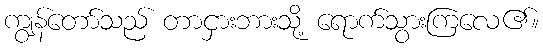
ကျွန်တော်သည် တာငှားဘားသို့ ရောက်သွားကြလေ၏။